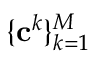
\{ \mathbf { c } ^ { k } \} _ { k = 1 } ^ { M }